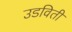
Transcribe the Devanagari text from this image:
उडविती